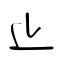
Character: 止